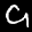
Label: 9